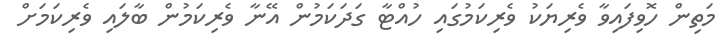
މަތިން ހޮވިފައިވާ ވެރިޔަކު ވެރިކަމުގައި ހުއްޓާ ގަދަކަމުން އޭނާ ވެރިކަމުން ބާލައި ވެރިކަމަށް